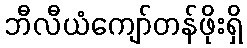
ဘီလီယံကျော်တန်ဖိုးရှိ